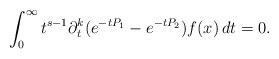
LaTeX: \begin{align*}\int_0^\infty t^{s-1}\partial_t^k(e^{-tP_1}-e^{-tP_2})f(x)\,dt=0.\end{align*}